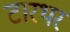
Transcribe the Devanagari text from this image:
टारथर